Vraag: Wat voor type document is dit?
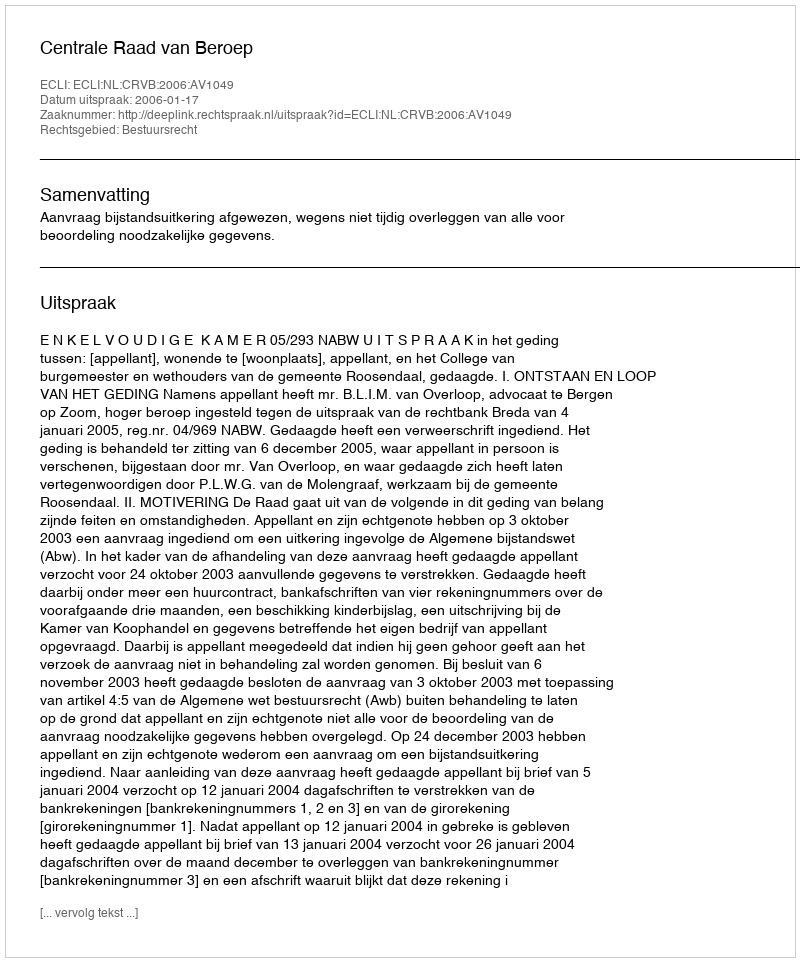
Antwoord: Uitspraak